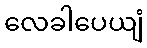
လေခါပေယျံ